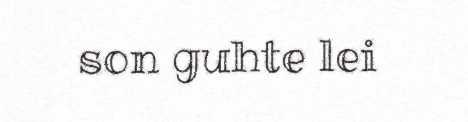
son guhte lei